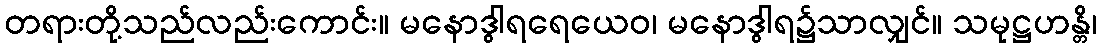
တရားတို့သည်လည်းကောင်း။ မနောဒွါရရေယေဝ၊ မနောဒွါရ၌သာလျှင်။ သမုဋ္ဌဟန္တိ၊